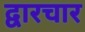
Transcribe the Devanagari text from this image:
द्वारचार